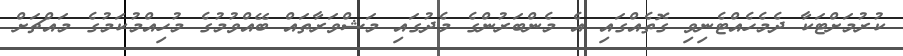
ކުރުމަށްޓަކާ ދެމެހެއްޓެނިވި ގޮތެއްގައި އެ މެންބަރުންގެ މެދުގައި މަޝްވަރާތައް ބޭއްވުމުގެ މުހިއްމުކަމުގެ މައްޗަށް